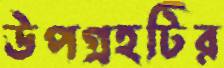
উপগ্রহটির